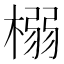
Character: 榒